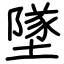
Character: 墜